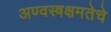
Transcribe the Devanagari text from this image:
अण्वस्त्रक्षमतेचे